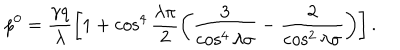
LaTeX: p ^ { 0 } = \frac { \gamma q } { \lambda } \left[ 1 + \cos ^ { 4 } \frac { \lambda \pi } { 2 } \left( \frac { 3 } { \cos ^ { 4 } \lambda \sigma } - \frac { 2 } { \cos ^ { 2 } \lambda \sigma } \right) \right] .